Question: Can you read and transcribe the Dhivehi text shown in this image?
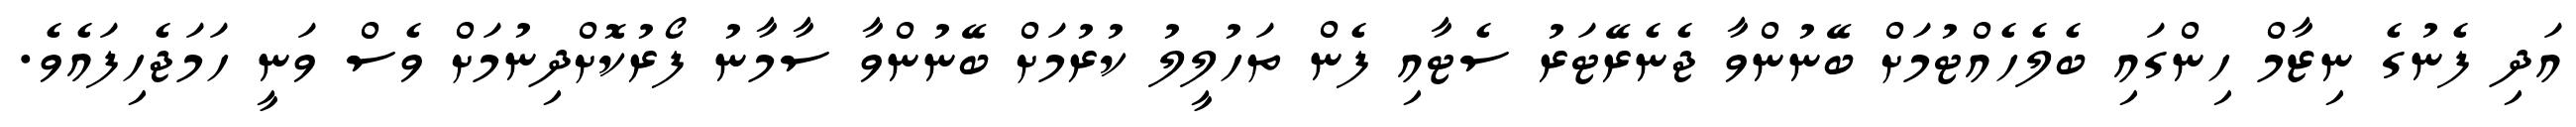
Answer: އަދި ފެނުގެ ނިޒާމް ހިންގައި ބެލެހެއްޓުމަށް ބޭނުންވާ ޖެނެރޭޓަރު ސެޓާއި ފެން ތަހުލީލު ކުރުމަށް ބޭނުންވާ ސާމާނު ފޯރުކޮށްދިނުމަށް ވެސް ވަނީ ހަމަޖެހިފައެވެ.